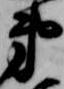
弟